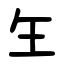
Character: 玍